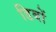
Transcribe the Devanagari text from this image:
डिबों